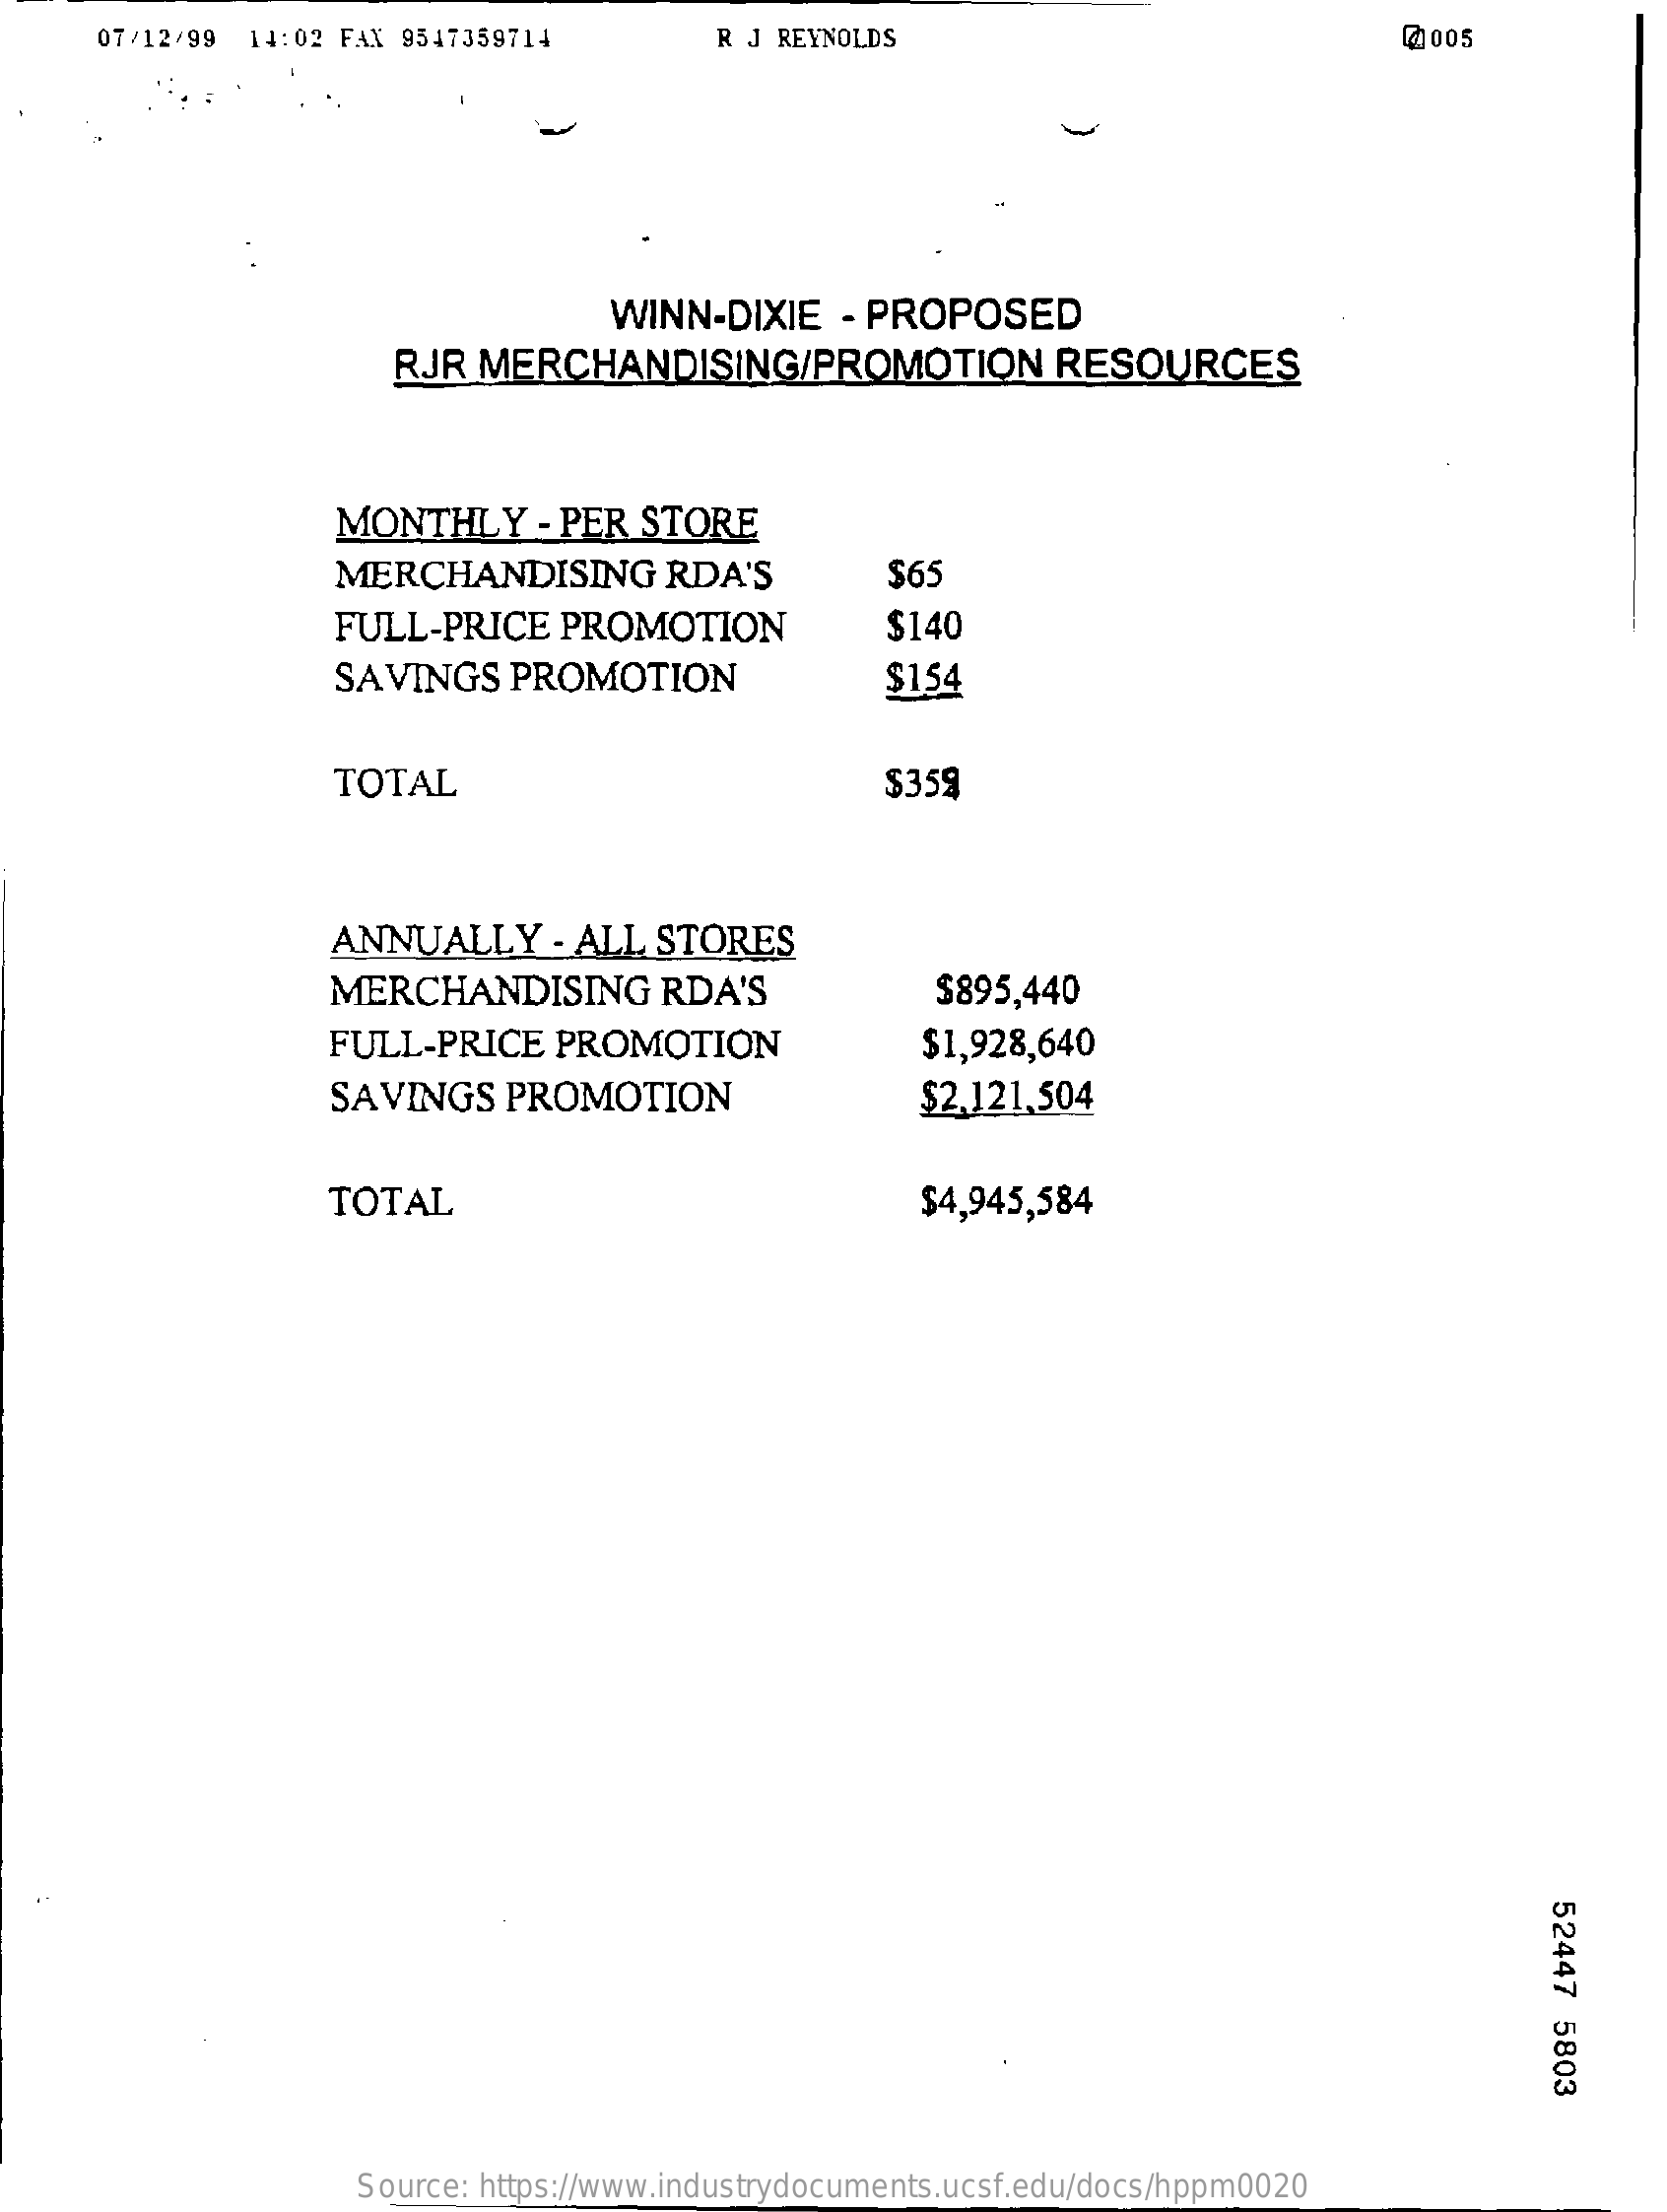
07/12/99 14:02 FAX 9547359714    R J REYNOLDS    @005
     WINN-DIXIE   - PROPOSED
     RJR  MERCHANDISING/PROMOTION    RESOURCES
     MONTHLY    - PER STORE
     MERCHANDISING    RDA'S    $65
     FULL-PRICE    PROMOTION    $140
     SAVINGS    PROMOTION    $154
     TOTAL    $359
     ANNUALLY    - ALL  STORES
     MERCHANDISING    RDA'S    $895,440
     FULL-PRICE   PROMOTION    $1,928,640
     SAVINGS   PROMOTION    $2,121,504
     TOTAL    $4,945,584
     52447
     5803
     Source: https://www.industrydocuments.ucsf.edu/docs/hppm0020